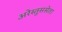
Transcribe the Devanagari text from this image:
अरेस्तुससेता